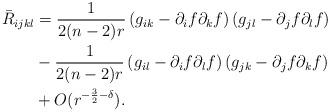
LaTeX: \begin{align*} \bar{R}_{i j k l} &=\frac{1}{2(n-2)r}\left(g_{i k}-\partial_i f \partial_k f\right)\left(g_{j l}-\partial_j f \partial_l f\right) \\ &-\frac{1}{2(n-2)r}\left(g_{i l}-\partial_i f \partial_l f\right)\left(g_{j k}-\partial_j f \partial_k f\right) \\ &+O(r^{-\frac{3}{2}-\delta}). \end{align*}